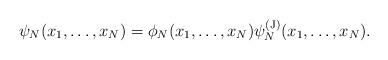
LaTeX: \begin{align*} \psi_N(x_1,\dots,x_N) = \phi_N(x_1,\dots,x_N) \psi_N^{(\mathrm{J})}(x_1,\dots,x_N).\end{align*}